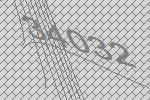
34032